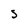
Character: S